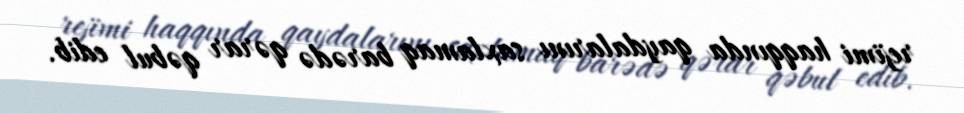
rejimi haqqında qaydalarını saxlamaq barədə qərar qəbul edib.